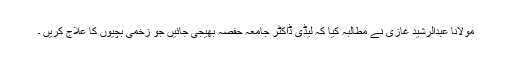
مولانا عبدالرشید غازی نے مطالبہ کیا کہ لیڈی ڈاکٹر جامعہ حفصہ بھیجی جائیں جو زخمی بچیوں کا علاج کریں ۔